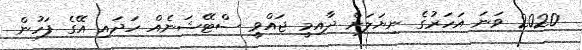
2020 ވަނަ އަހަރުގެ ނިޔަލަށް ދާއިމީ ޖައްވީ ސްޓޭޝަނެއް ހަދައި އޭގެ ފަހުން